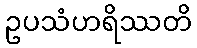
ဥပသံဟရိဿတိ